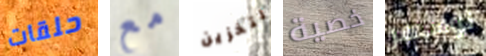
حلقات مع لتخزين خصية لوسيفر